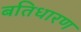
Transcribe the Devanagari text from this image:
बतिधारण